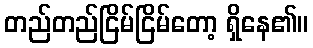
တည်တည်ငြိမ်ငြိမ်တော့ ရှိနေ၏။